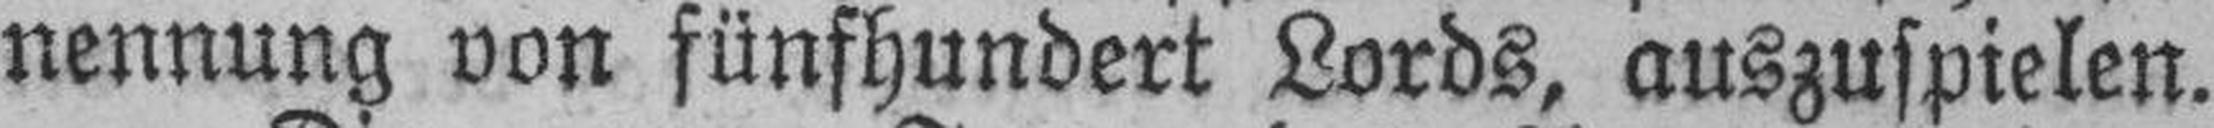
nennung von fünfhundert Lords, auszuspielen.